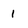
Character: 1